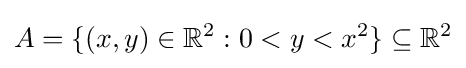
A=\{(x,y)\in \mathbb {R} ^{2}:0<y<x^{2}\}\subseteq \mathbb {R} ^{2}